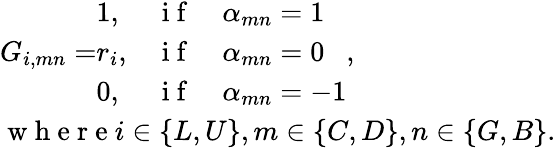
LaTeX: \begin{array}{l}{G_{i,mn}=\begin{array}{lll}{1,}&{\mathrm{~i~f~}}&{\alpha_{mn}=1}\\ {r_{i},}&{\mathrm{~i~f~}}&{\alpha_{mn}=0}\\ {0,}&{\mathrm{~i~f~}}&{\alpha_{mn}=-1}\end{array},}\\ {\mathrm{~w~h~e~r~e~}i\in\{ L,U\} ,m\in\{ C,D\} ,n\in\{ G,B\} .}\end{array}